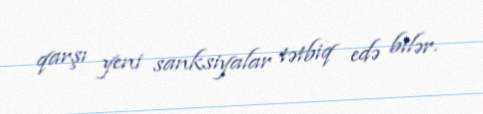
qarşı yeni sanksiyalar tətbiq edə bilər.